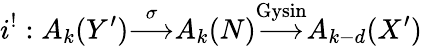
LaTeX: i^{!}:A_{k}(Y^{\prime}){\overset{\sigma}{\longrightarrow}}A_{k}(N){\overset{\mathrm{Gysin}}{\longrightarrow}}A_{k-d}(X^{\prime})